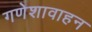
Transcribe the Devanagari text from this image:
गणेशावाहन